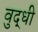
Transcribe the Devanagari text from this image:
वुद्धी